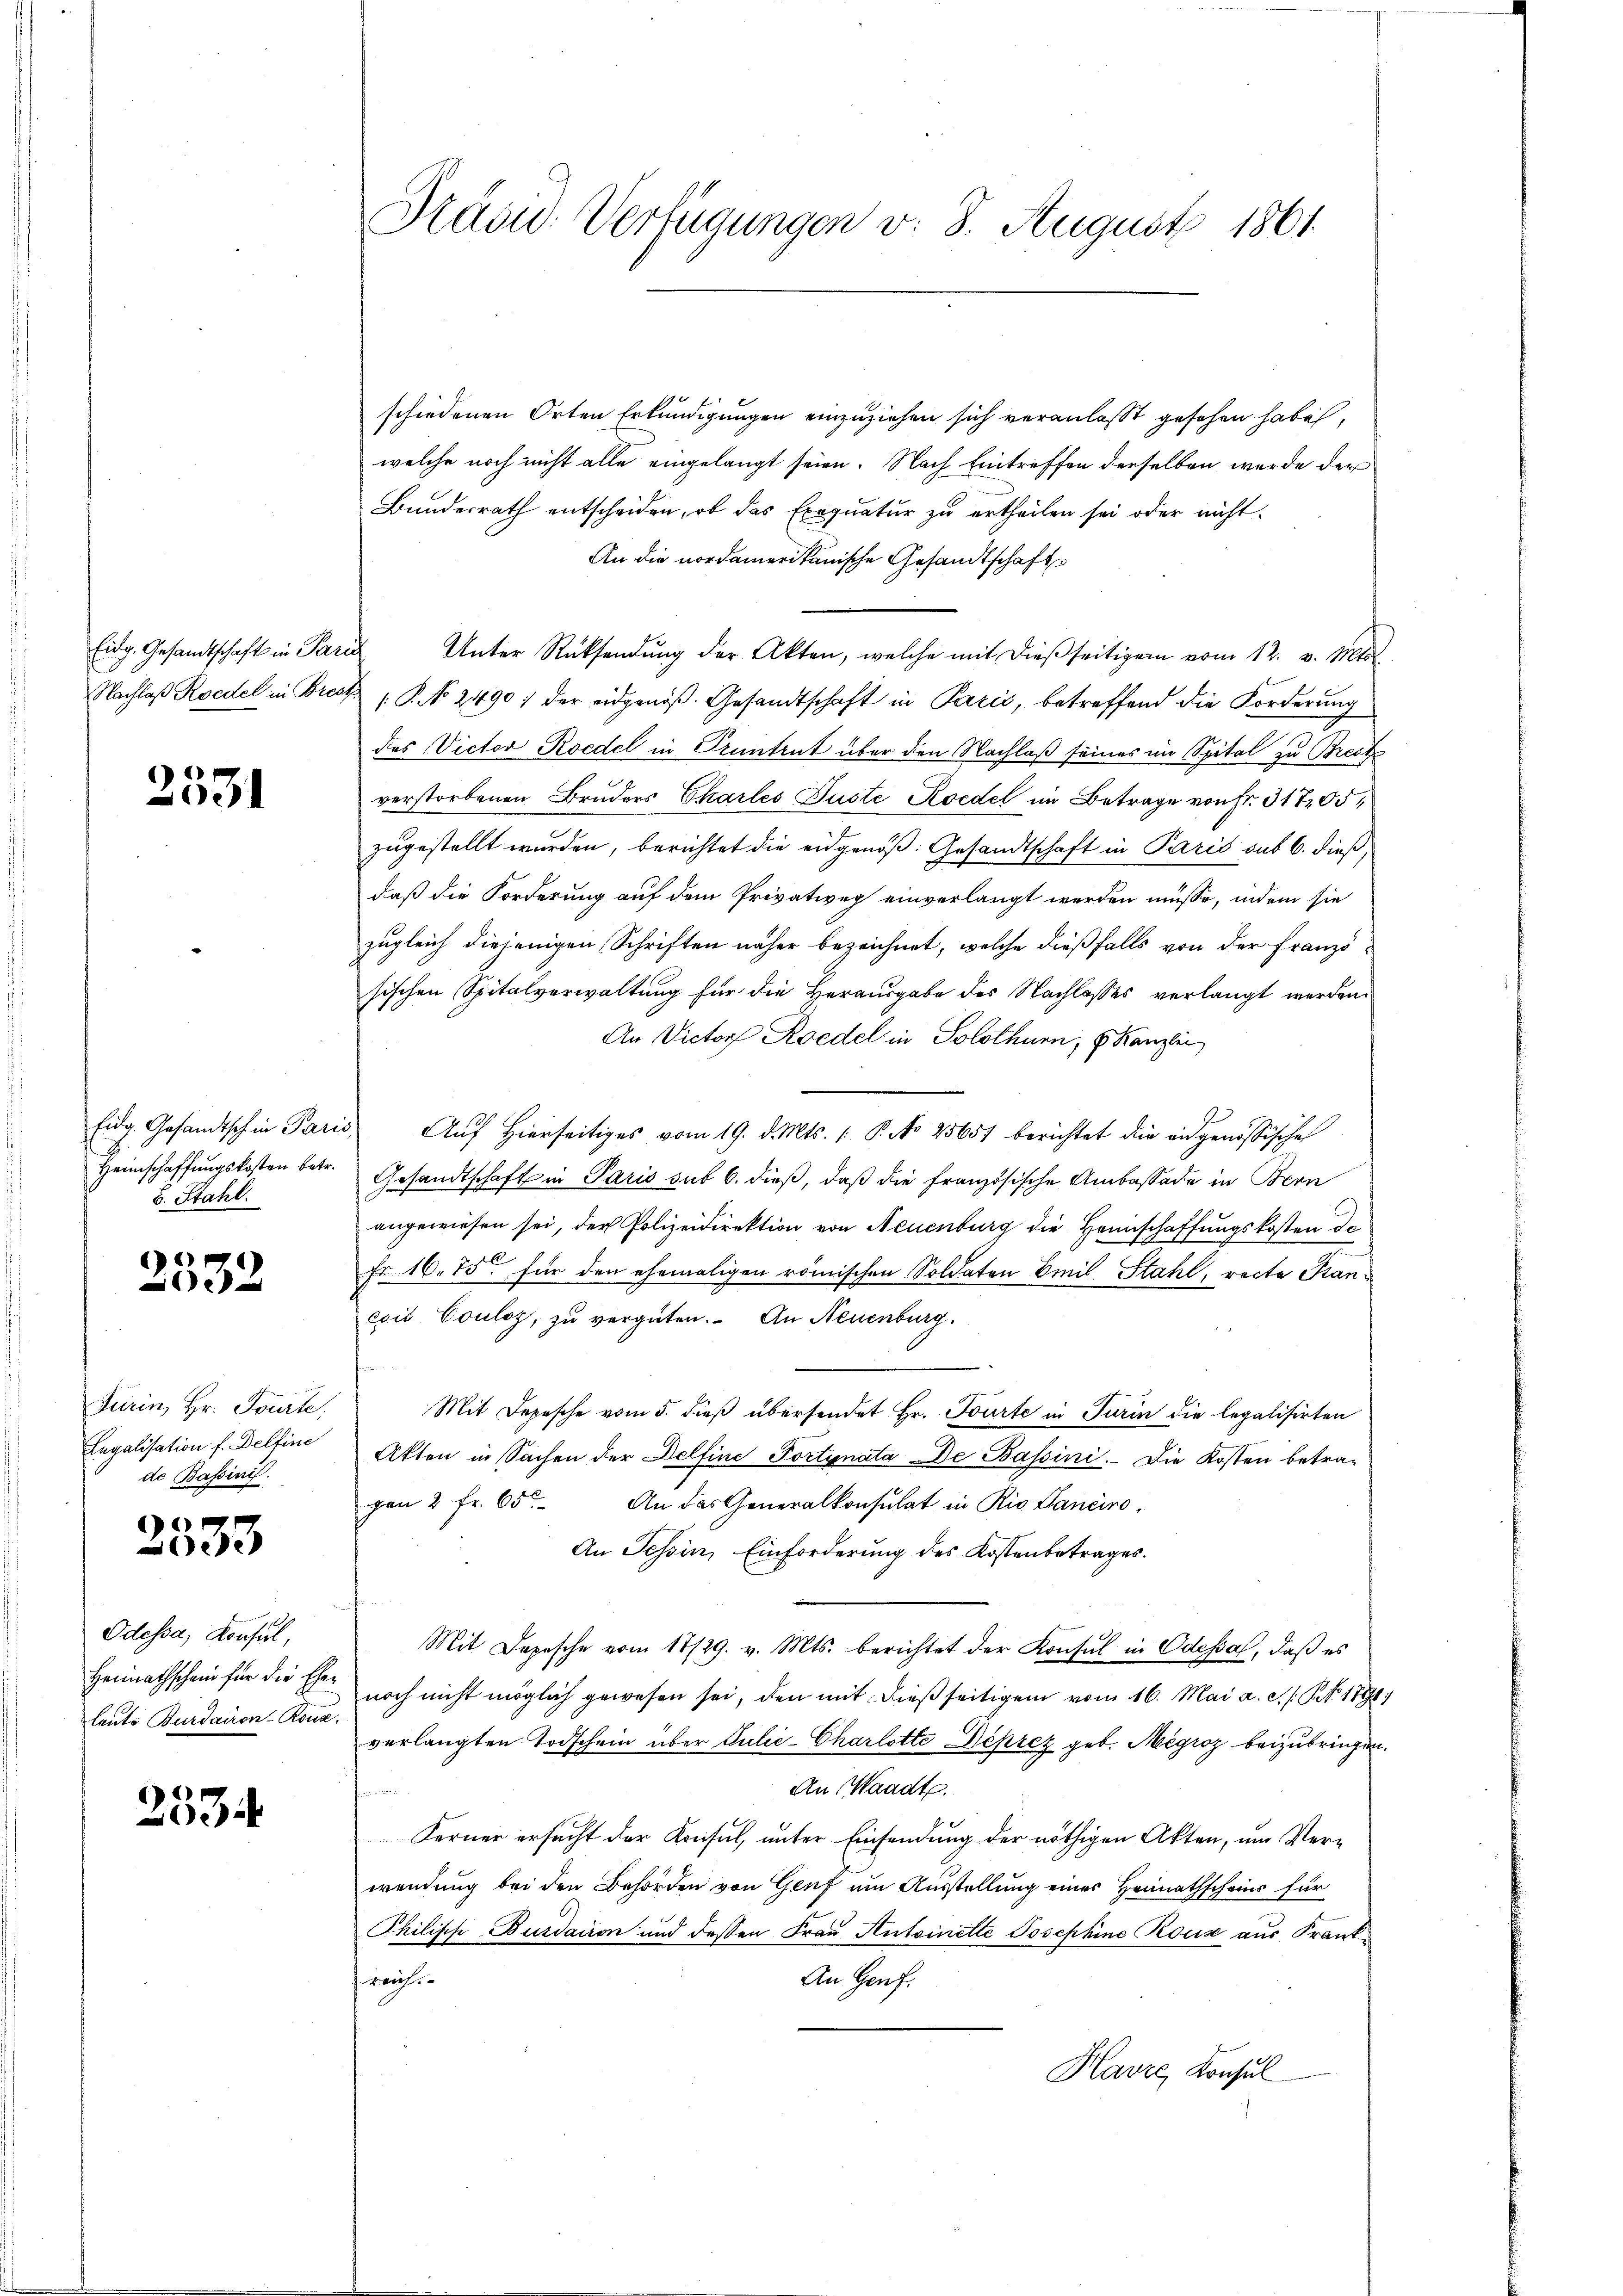
2531

Heimschaffungskosten betr.
b. Stahl.

e
02

Turin, Hr. Fourte,
Legalisation f. Delfine
de Bassini.

e
e

Odessa, Konsul,
Heimathschein für die Eheleute Burdairon-Ronz.

)
.

Präju- Verfügungen v. 8. August 1861.

190
schiedenen Orten Erkundigungen einzuziehen sich veranlaßt gesehen habe,
welche noch nicht alle eingelangt seien. Nach Eintreffen derselben wurde der
Bundesrath entscheiden, ob das Exequatur zu ertheilen sei oder nicht
An die nordamerikanische Gesandtschafts
Eidg. Gesandtschaft in Paris Unter Rücksendŭng der Akten, welche mit dieβseitigem vom 12. v. Mts.
Nachlaß Roedel in Breck P. No 2490; der eidgenöß. Gesandtschaft in Paris, betreffend die Forderung
des Victor Roedel in Stuntrut über den Nachlaß seines im Spital zu Breck
.
verstorbenen Bruders Charles Juste Koedel im Betrage von Fr. 31705
zugestellt wurden, berichtet die eidgenöß: Gesandtschaft in Paris sub 6. dieß
daß die Forderung auf dem Privatweg einverlangt werden müsse, indem sie
zugleich diejenigen Schriften näher bezeichnet, welche dießfalls von der Französischen Spitalverwaltung für die Herausgabe des Nachlasses verlangt werden.
An Victor Roedel in Solothurn, 6. Kanzlei
Eidg. Gesandtsch in Paris Aŭf Hierseitiges vom 19. d. Mts. (: P. No 25651 berichtet die eidgenössische
Gesandtschaft in Paris sub 6. dieß, daß die französische Ambassade in Bern
angewiesen sei, der Polizeidirektion von Neuenburg die Heimschaffungskosten der
d
Fr 16. 75. für den ehemaligen römischen Soldaten Emil Stahl, recte Kanexit Couloz, zu vergüten. An Neuenburg.
Mit Depesche vom 5. dieß übersendet Hr. Tourte in Turin die legalisirten
Akten in Sachen der Delfine Portynata De Bassini. Die Kosten betragen 2 fr. 65. An das Generalkonsulat in Riv. Sanciro,
An Tessin, Einforderung des Kostenbetrages.
Mit Depesche vom 18/29. v. Mts. berichtet der Konsul in Odessa, daβ es
noch nicht möglich gewesen sei, den mit dießseitigem vom 16. Mai a. c. s. S. 1891
verlangten Todschein über Julić-Charlotte Deprez geb. Megroz beizubringen.
An Waadt.
Ferner ersucht der Konsul, unter Einsendung der nöthigen Akten, um Verwendung bei den Behörden von Genf um Ausstellung einer Heimathscheins für
Philisch-Burdazion und dessen Frau Antoinette Josephine Rouse aus Frank
reich
An Genf.
Havre, Konsul